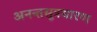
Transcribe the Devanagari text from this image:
अनन्तसूत्रधारण